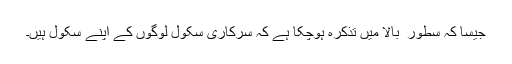
جیسا کہ سطور ِ بالا میں تذکرہ ہوچکا ہے کہ سرکاری سکول لوگوں کے اپنے سکول ہیں۔